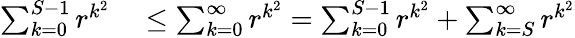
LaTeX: \begin{array}{rl}{\sum_{k=0}^{S-1}r^{k^{2}}}&{{}\leq\sum_{k=0}^{\infty}r^{k^{2}}=\sum_{k=0}^{S-1}r^{k^{2}}+\sum_{k=S}^{\infty}r^{k^{2}}}\end{array}